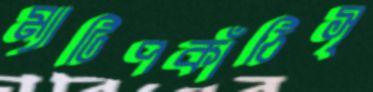
ম্যাটিপকাঁঠিসৃ